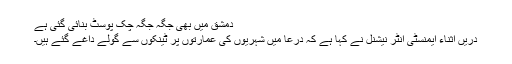
دمشق میں بھی جگہ جگہ چک پوسٹ بنائی گئی ہے
دریں اثناء ایمنسٹی انٹر نیشنل نے کہا ہے کہ درعا میں شہریوں کی عمارتوں پر ٹینکوں سے گولے داغے گئے ہیں۔